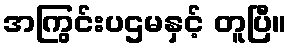
အကြွင်းပဌမနှင့် တူပြီ။